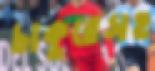
চাকুরেসহ